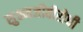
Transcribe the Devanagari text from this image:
सुक्ष्मजीवीरोधी